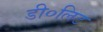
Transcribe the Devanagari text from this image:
डी०लिट